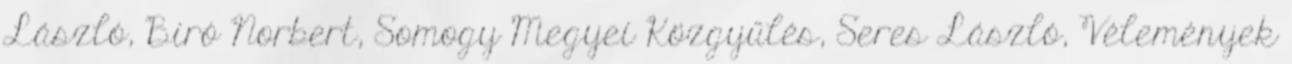
László, Biró Norbert, Somogy Megyei Közgyűlés, Seres László, Vélemények